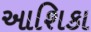
આશિકા